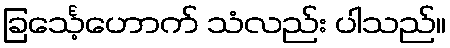
ခြင်္သေ့ဟောက် သံလည်း ပါသည်။